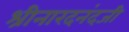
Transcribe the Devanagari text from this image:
श्रीनारदनंदजी